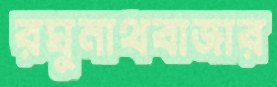
রঘুনাথবাজার